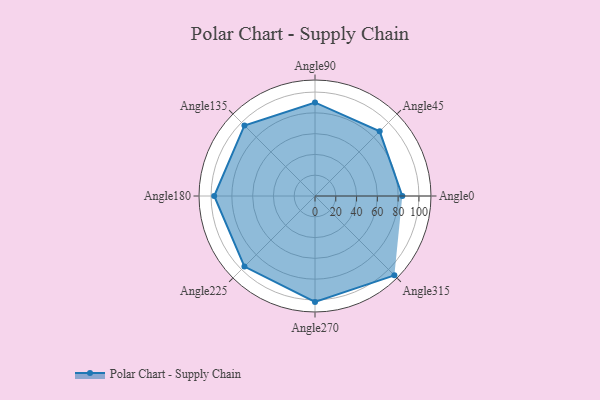
{"axis": {"x": "Angle", "y": "Radius"}, "legend": [""], "data": [{"x": "Angle0", "y": 84.0, "type": ""}, {"x": "Angle45", "y": 88.0, "type": ""}, {"x": "Angle90", "y": 90.0, "type": ""}, {"x": "Angle135", "y": 96.0, "type": ""}, {"x": "Angle180", "y": 97.0, "type": ""}, {"x": "Angle225", "y": 96.0, "type": ""}, {"x": "Angle270", "y": 102.0, "type": ""}, {"x": "Angle315", "y": 108.0, "type": ""}]}